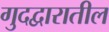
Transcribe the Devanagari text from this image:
गुदद्वारातील